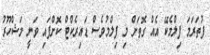
ފުތަރަމަ ފިލްމެކޭ އެއް ގޮތަށް މި ފިލްމުވެސް ޑައިރެކްޓް ކޮށްފައި ވަނީ މަޝްހޫރު